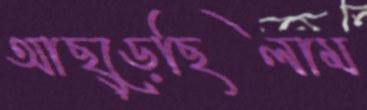
আছ্‌ড়েছিলাম